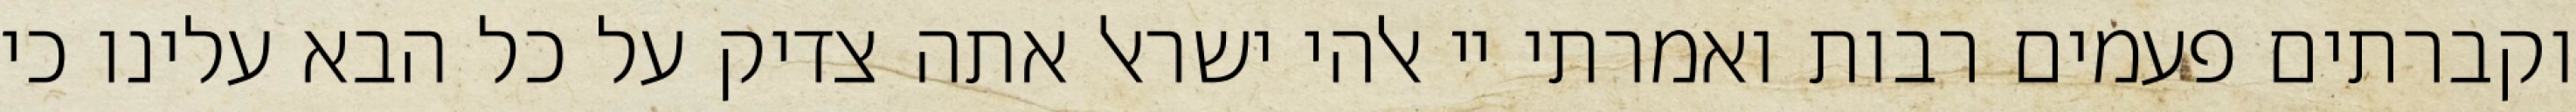
וקברתים פעמים רבות ואמרתי יי אלהי ישראל אתה צדיק על כל הבא עלינו כי